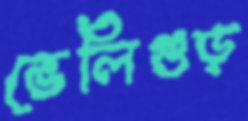
ভেলিগুড়